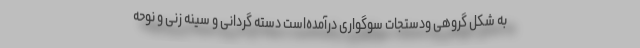
به شکل گروهی ودستجات سوگواری درآمده‌است دسته گردانی و سینه زنی و نوحه